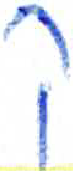
אות: ק